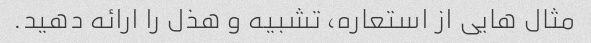
مثال هایی از استعاره، تشبیه و هذل را ارائه دهید.